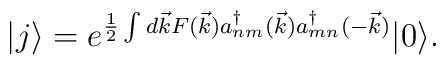
|j \rangle = e^{\frac{1}{2} \int d\vec{k} F(\vec{k}) a^\dagger_{nm}(\vec{k}) a^\dagger_{mn}(-\vec{k})} |0 \rangle.